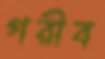
গরীব